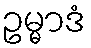
ဥမ္မာဒံ